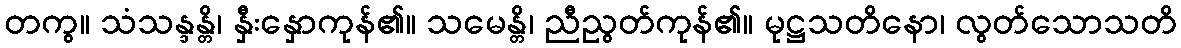
တကွ။ သံသန္ဒန္တိ၊ နှီးနှောကုန်၏။ သမေန္တိ၊ ညီညွတ်ကုန်၏။ မုဋ္ဌသတိနော၊ လွတ်သောသတိ